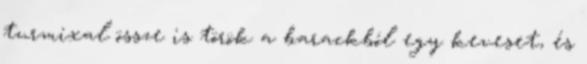
turmixal össze is török a barackból egy keveset, és